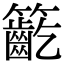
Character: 𥷳